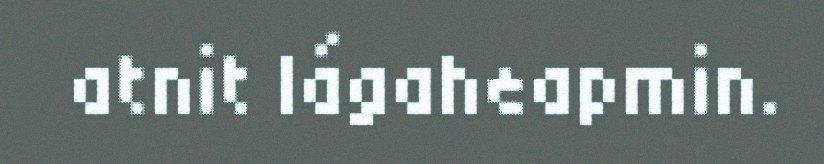
atnit lágaheapmin.